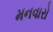
મનવારો